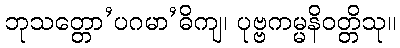
ဘုသတ္တော’ပဂမာ’ဓိကျ၊ ပုဗ္ဗကမ္မနိဝတ္တိသု။